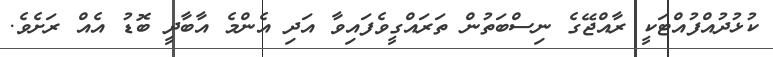
ކުޅުދުއްފުއްޓަކީ ރާއްޖޭގެ ނިސްބަތުން ތަރައްގީވެފައިވާ އަދި އެންމެ އާބާދީ ބޮޑު އެއް ރަށެވެ.